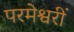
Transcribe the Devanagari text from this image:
परमेश्वरीं